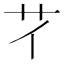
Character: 𦫻